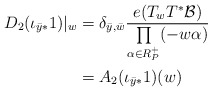
\begin{align*}D_2(\iota_{\bar{y}*}1)|_w&=\delta_{\bar{y},\bar{w}}\frac{e(T_wT^*\mathcal{B})}{\prod\limits_{\alpha\in R^+_P}(-w\alpha)}\\&=A_2(\iota_{\bar{y}*}1)(w)\end{align*}